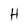
Character: H